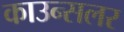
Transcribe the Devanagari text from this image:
काउन्सलर